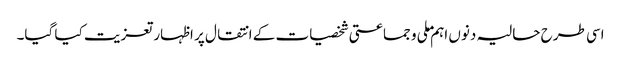
اسی طرح حالیہ دنوں اہم ملی و جماعتی شخصیات کے انتقال پر اظہار تعزیت کیا گیا۔